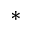
{ \ast }